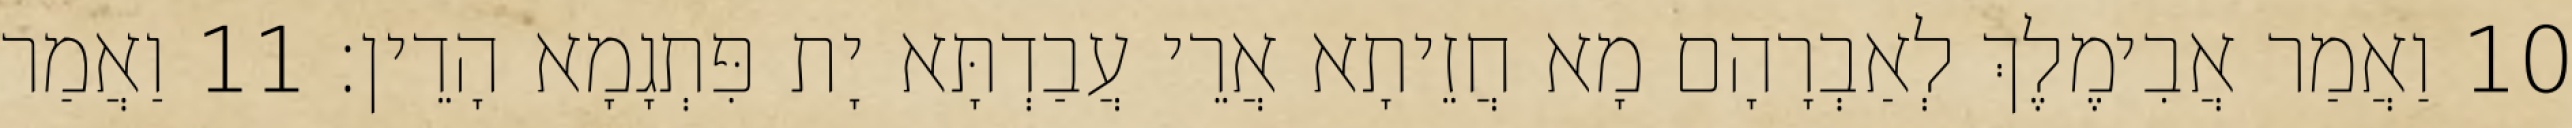
10 וַאֲמַר אֲבִימֶלֶךְ לְאַבְרָהָם מָא חֲזֵיתָא אֲרֵי עֲבַדְתָּא יָת פִּתְגָמָא הָדֵין׃ 11 וַאֲמַר